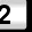
Digit: 2